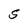
Character: S